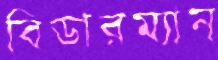
বিডারম্যান